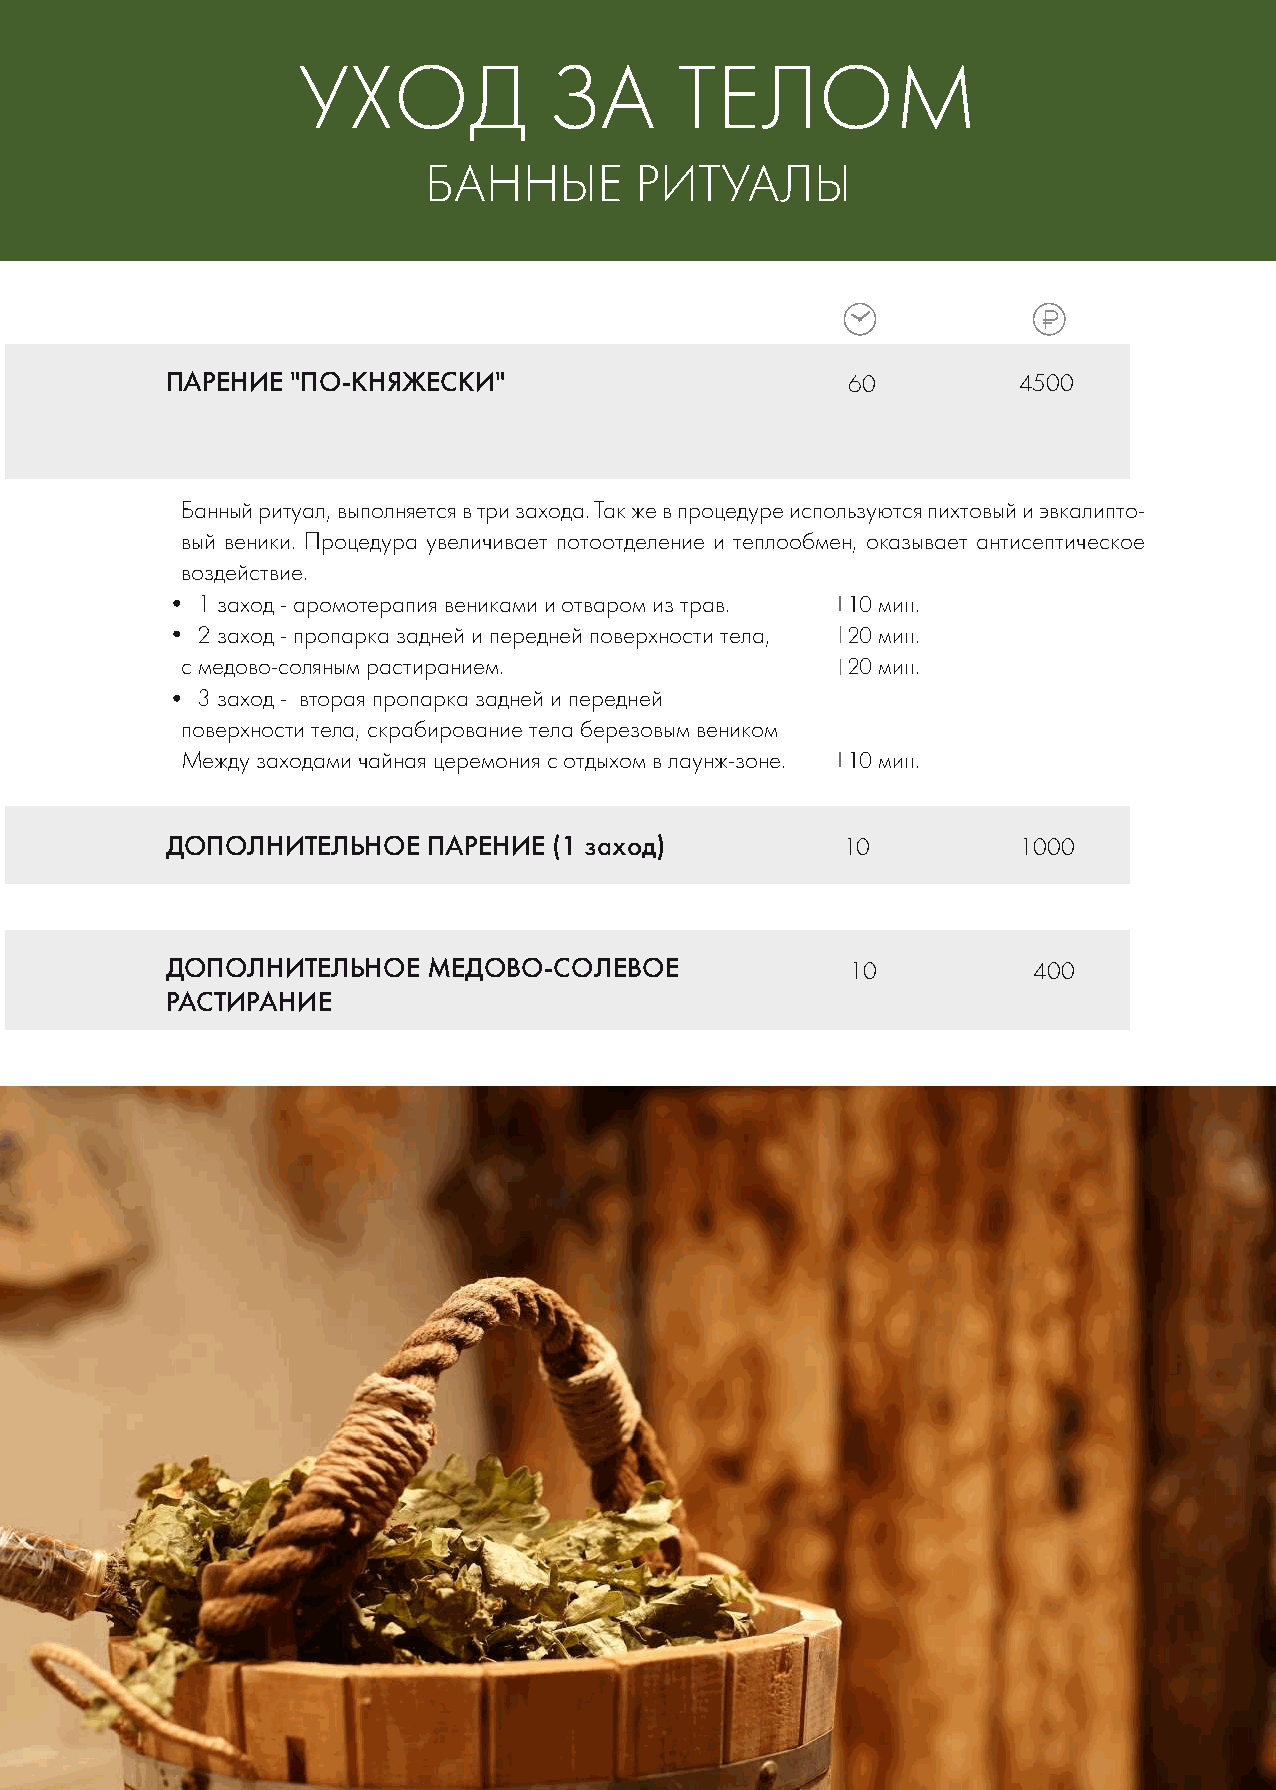
УХОД            ЗА       ТЕЛОМ
 БАННЫЕ        РИТУАЛЫ
 ПАРЕНИЕ "ПО-КНЯЖЕСКИ"                        60         4500
 Банный ритуал, выполняется в три захода. Так же в процедуре используются пихтовый и эвкалипто-
 вый веники. Процедура увеличивает потоотделение и теплообмен, оказывает антисептическое
 воздействие.
 1 заход - аромотерапия вениками и отваром из трав. 10 мин.
 2 заход - пропарка задней и передней поверхности тела, 20 мин.
 с медово-соляным растиранием.               20 мин.
 3 заход - вторая пропарка задней и передней
 поверхности тела, скрабирование тела березовым веником
 Между заходами чайная церемония с отдыхом в лаунж-зоне. 10 мин.
 ДОПОЛНИТЕЛЬНОЕ   ПАРЕНИЕ  (1 заход)          10         1000
 ДОПОЛНИТЕЛЬНОЕ   МЕДОВО-СОЛЕВОЕ              10          400
 РАСТИРАНИЕ